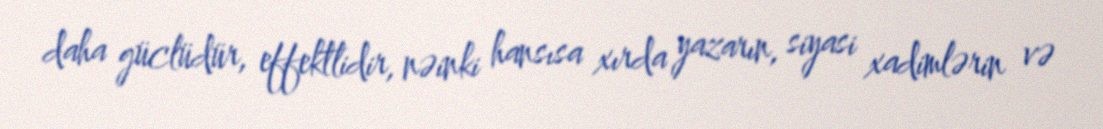
daha güclüdür, effektlidir, nəinki hansısa xırda yazarın, siyasi xadimlərin və